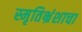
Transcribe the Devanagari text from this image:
स्मृतिभ्रंशाचा